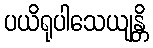
ပယိရုပါသေယျန္တိ